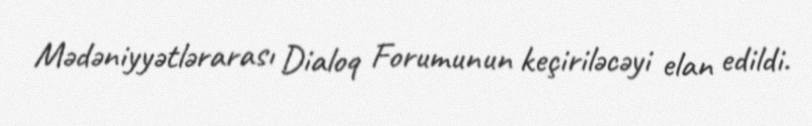
Mədəniyyətlərarası Dialoq Forumunun keçiriləcəyi elan edildi.